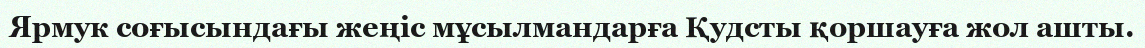
Ярмук соғысындағы жеңіс мұсылмандарға Қудсты қоршауға жол ашты.